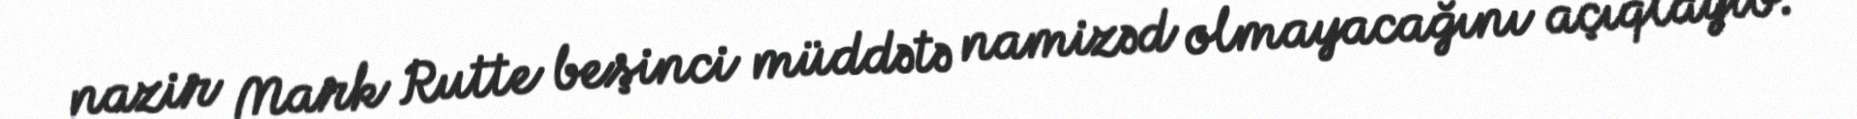
nazir Mark Rutte beşinci müddətə namizəd olmayacağını açıqlayıb.